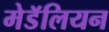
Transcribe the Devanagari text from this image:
मेडॅलियन